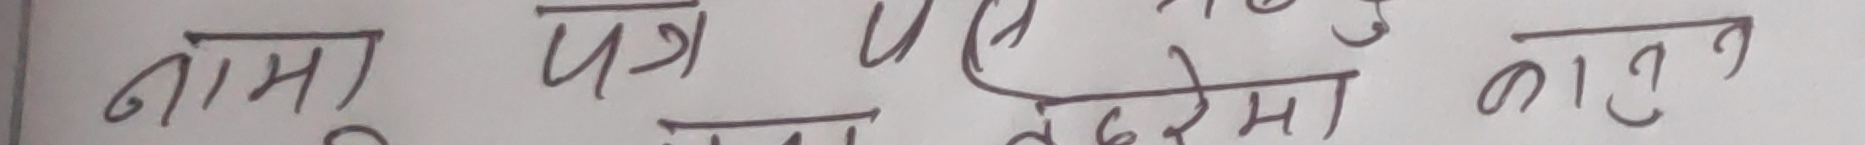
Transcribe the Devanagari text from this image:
नाम पत्र धेरैमा काटुन